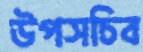
উপসচিব